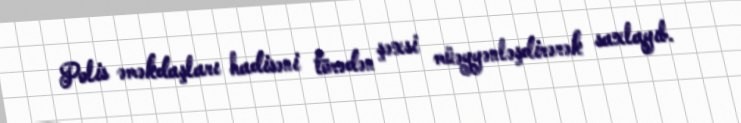
Polis əməkdaşları hadisəni törədən şəxsi müəyyənləşdirərək saxlayıb.